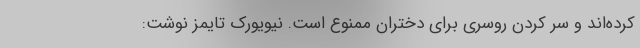
کرده‌اند و سر کردن روسری برای دختران ممنوع است. نیویورک تایمز نوشت: